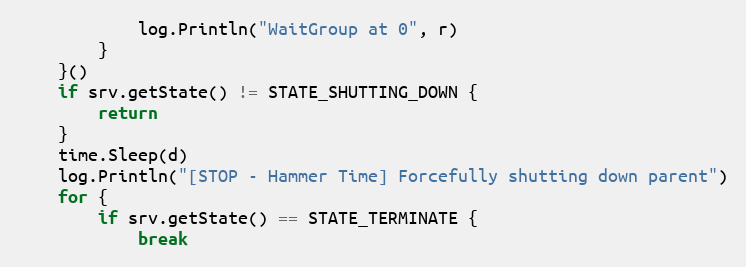
Language: Go
			log.Println("WaitGroup at 0", r)
		}
	}()
	if srv.getState() != STATE_SHUTTING_DOWN {
		return
	}
	time.Sleep(d)
	log.Println("[STOP - Hammer Time] Forcefully shutting down parent")
	for {
		if srv.getState() == STATE_TERMINATE {
			break